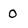
Character: 0